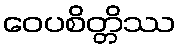
ဝေပစိတ္တိဿ